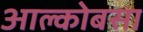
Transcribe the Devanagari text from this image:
आल्कोबसा